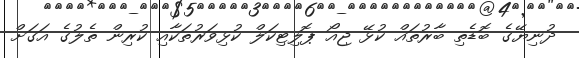
ދުނިޔޭގެ ބޮޑެތި ބާރުތައް ކުޅޭ ޖިއޯ ޕޮލިޓިކަލް ކުޅިވަރުތަކާއި ކުރިން ތެލުގެ އަގަށް